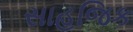
સાહજિક